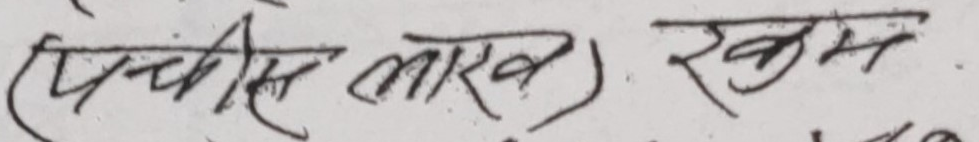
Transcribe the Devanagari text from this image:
(पच्चीस लाख) रकम